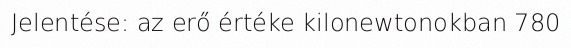
Jelentése: az erő értéke kilonewtonokban 780